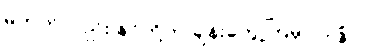
မဟုတ်လည်း နင်တို့က ချိန်းတွေ့ကြမှာပဲဥစ္စာ။